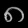
Digit: ၈